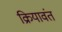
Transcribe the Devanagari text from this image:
क्रियावंत